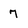
Character: 7